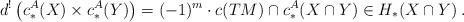
LaTeX: \begin{align*} d^!\left( c^A_*(X) \times c^A_*(Y) \right) = (-1)^{m}\cdot c(TM)\cap c^A_*(X\cap Y) \in H_*(X\cap Y)\:. \end{align*}